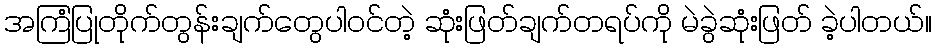
အကြံပြုတိုက်တွန်းချက်တွေပါဝင်တဲ့ ဆုံးဖြတ်ချက်တရပ်ကို မဲခွဲဆုံးဖြတ် ခဲ့ပါတယ်။